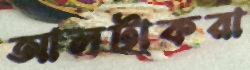
আলটাকরা